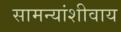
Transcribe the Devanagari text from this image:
सामन्यांशीवाय